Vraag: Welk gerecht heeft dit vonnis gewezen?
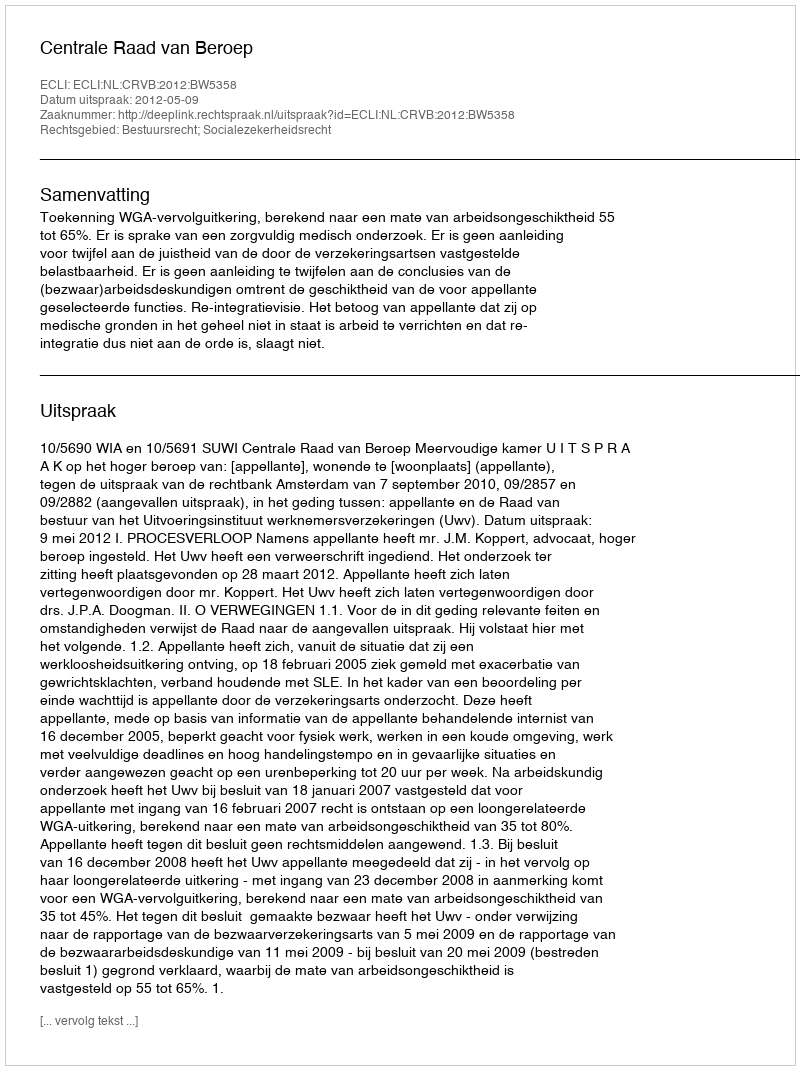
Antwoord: Centrale Raad van Beroep